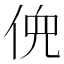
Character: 𫢳